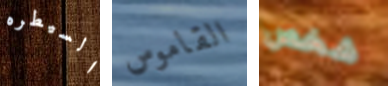
السيطره القاموس شخص